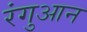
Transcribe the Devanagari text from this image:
रंगुआन